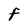
Character: F